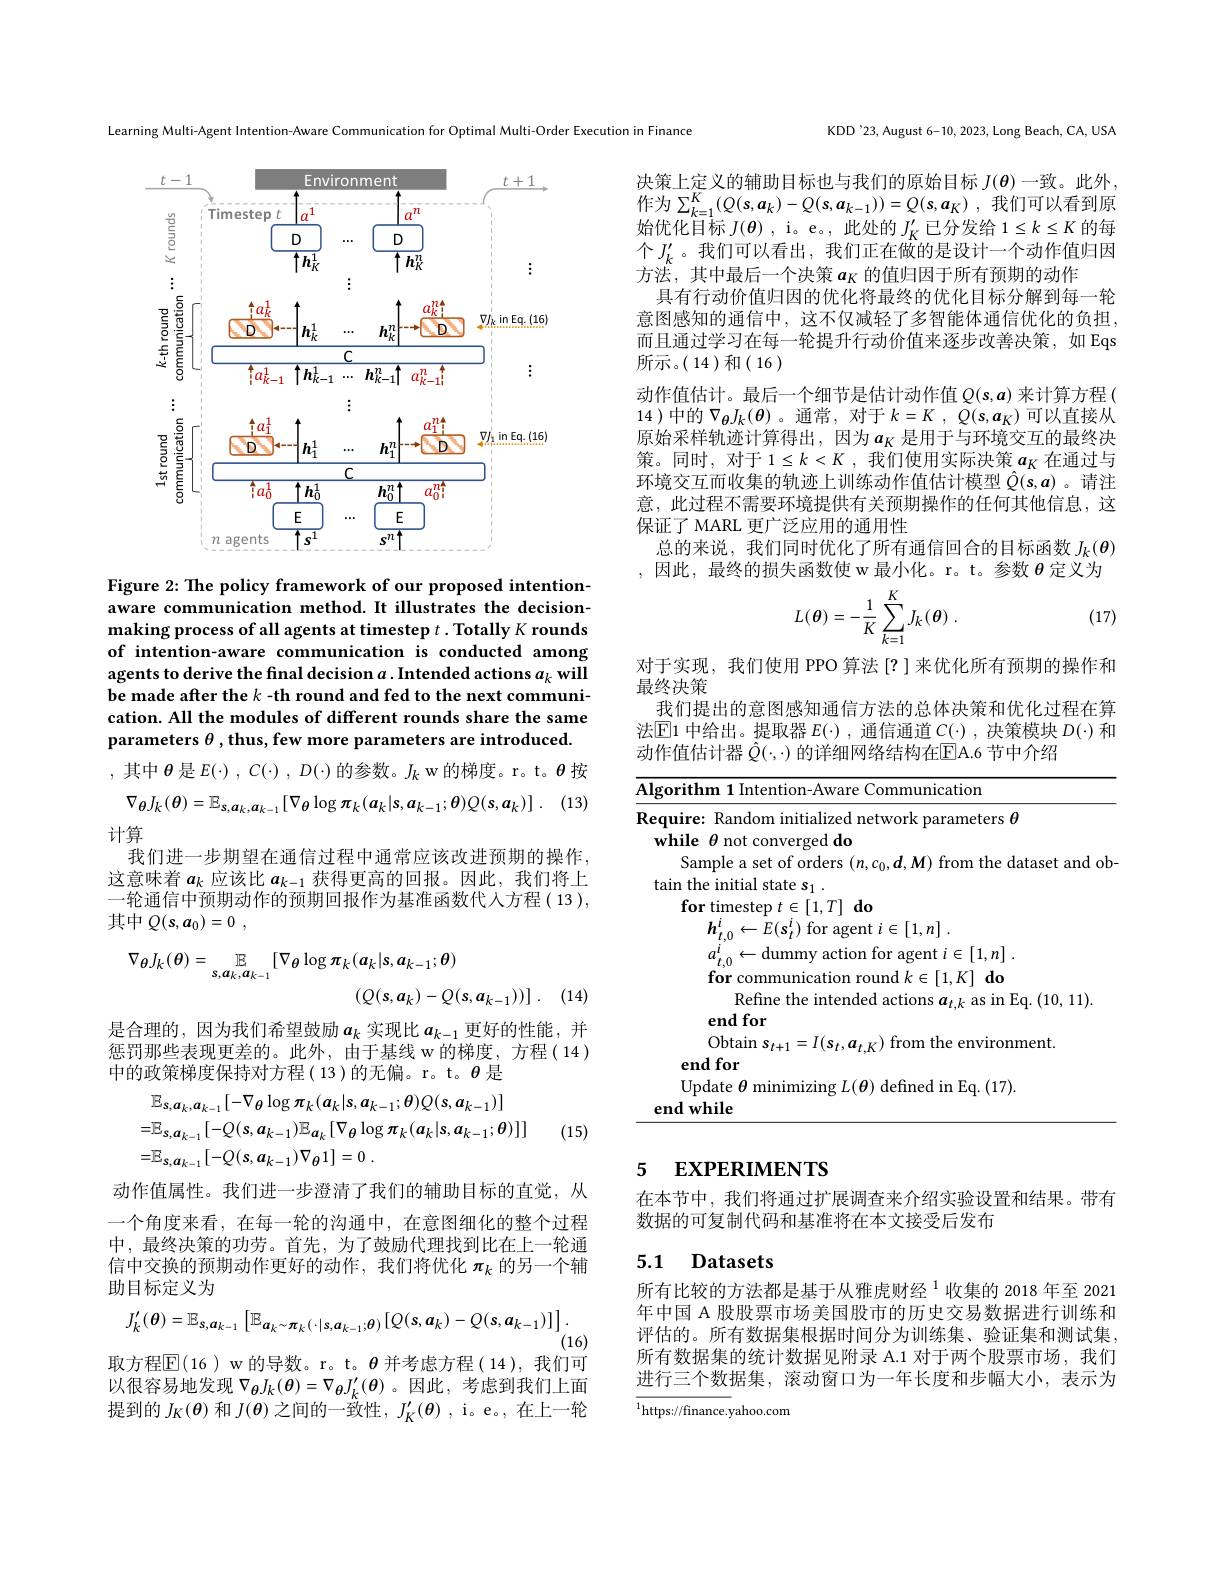
<FigureHere>

Figure 2: The policy framework of our proposed intentionaware communication method.It illustrates the decisionmaking process of all agents at timestep $t.$ Totally $K$ rounds of intention-aware communication is conducted among agents to derive the final decision $a.$ Intended actions $a_k$ will be made after the $k\textbf{- th round and fed to the next communi- }$ cation. All the modules of different rounds share the same parameters $\theta$ , thus, few more parameters are introduced. ,其中$\theta$是$E( \cdot )$ , $C( \cdot )$ , $D( \cdot )$的参数。$J_k$ w 的梯度。r。t。$\theta$按
(13)
$$\nabla_{\boldsymbol{\theta}}J_{k}(\boldsymbol{\theta})=\mathbb{E}_{s,\boldsymbol{a}_{k},\boldsymbol{a}_{k-1}}[\nabla_{\boldsymbol{\theta}}\log\pi_{k}(\boldsymbol{a}_{k}|\boldsymbol{s},\boldsymbol{a}_{k-1};\boldsymbol{\theta})Q(\boldsymbol{s},\boldsymbol{a}_{k})]\:.$$
计算
我们进一步期望在通信过程中通常应该改进预期的操作， 这意味着$a_k$应该比$a_k-1$获得更高的回报。因此，我们将上一轮通信中预期动作的预期回报作为基准函数代人方程( 13 ), 其中$Q( s, a_0) = 0$ ,
$$\nabla_{\theta}J_{k}(\theta)=\mathbb{E}_{s,a_{k},a_{k-1}}[\nabla_{\theta}\log\pi_{k}(a_{k}|s,a_{k-1};\theta)\\(Q(s,a_{k})-Q(s,a_{k-1}))]\:.$$
是合理的，因为我们希望鼓励$a_k$实现比$a_{k-1}$更好的性能，并惩罚那些表现更差的。此外，由于基线 w 的梯度，方程( 14 ) 中的政策梯度保持对方程( 13 )的无偏。r。t。$\theta$是
$$\begin{aligned}&\mathbb{E}_{s,\boldsymbol{a}_{k},\boldsymbol{a}_{k-1}}[-\nabla_{\boldsymbol{\theta}}\log\boldsymbol{\pi}_{k}(\boldsymbol{a}_{k}|\boldsymbol{s},\boldsymbol{a}_{k-1};\boldsymbol{\theta})Q(\boldsymbol{s},\boldsymbol{a}_{k-1})]\\&=\mathbb{E}_{s,\boldsymbol{a}_{k-1}}[-Q(\boldsymbol{s},\boldsymbol{a}_{k-1})\mathbb{E}_{\boldsymbol{a}_{k}}[\nabla_{\boldsymbol{\theta}}\log\boldsymbol{\pi}_{k}(\boldsymbol{a}_{k}|\boldsymbol{s},\boldsymbol{a}_{k-1};\boldsymbol{\theta})]]\\&=\mathbb{E}_{s,\boldsymbol{a}_{k-1}}[-Q(\boldsymbol{s},\boldsymbol{a}_{k-1})\nabla_{\boldsymbol{\theta}}1]=0\:.\end{aligned}$$
(15)

动作值属性。我们进一步澄清了我们的辅助目标的直觉，从一个角度来看，在每一轮的沟通中，在意图细化的整个过程中，最终决策的功劳。首先，为了鼓励代理找到比在上一轮通信中交换的预期动作更好的动作，我们将优化$\pi_k$的另一个辅助目标定义为
$$J_{k}^{\prime}(\boldsymbol{\theta})=\mathbb{E}_{\boldsymbol{s},\boldsymbol{a}_{k-1}}\left[\mathbb{E}_{\boldsymbol{a}_{k}\sim\boldsymbol{\pi}_{k}(\cdot|\boldsymbol{s},\boldsymbol{a}_{k-1};\boldsymbol{\theta})}[Q(\boldsymbol{s},\boldsymbol{a}_{k})-Q(\boldsymbol{s},\boldsymbol{a}_{k-1})]\right]$$
(16)

取方程$\mathbb{E}($16 ) w 的导数。r。t。$\theta$ 并考虑方程( 14 ),我们可

以很容易地发现$\nabla_{\boldsymbol{\theta}}J_k(\boldsymbol{\theta})=\nabla_{\boldsymbol{\theta}}J_k^{\prime}(\boldsymbol{\theta})$。因此，考虑到我们上面提到的$J_K(\boldsymbol{\theta})$和$J(\boldsymbol{\theta})$之间的一致性，$J_K^\prime(\boldsymbol{\theta})$, i。e。,在上一轮

KDD'23, August 6-10, 2023, Long Beach, CA, USA

Learning Multi-Agent Intention-Aware Communication for Optimal Multi-Order Execution in Finance

决策上定义的辅助目标也与我们的原始目标$J(\boldsymbol{\theta})$一致。此外， 作为$\sum_{k=1}^K(Q(s,a_k)-Q(s,a_{k-1}))=Q(s,a_K)$,我们可以看到原始优化目标$J(\boldsymbol{\theta})$ , i。e。, 此处的$J_K^\prime$已分发给$1\leq k\leq K$的每个$J_k^{\prime}$。我们可以看出，我们正在做的是设计一个动作值归因方法，其中最后一个决策$a_K$的值归因于所有预期的动作
具有行动价值归因的优化将最终的优化目标分解到每一轮意图感知的通信中，这不仅减轻了多智能体通信优化的负担， 而且通过学习在每一轮提升行动价值来逐步改善决策，如 Eqs 所示。(14)和(16)
动作值估计。最后一个细节是估计动作值$Q(s,a)$来计算方程( 14 )中的$\nabla_{\boldsymbol{\theta}}J_{k}(\boldsymbol{\theta})$ 。通常，对于$k= K$ , $Q( \boldsymbol{s}, \boldsymbol{a}_{K})$可以直接从原始采样轨迹计算得出，因为$a_\mathrm{K}$ 是用于与环境交互的最终决策。同时，对于$1\leq k<K$,我们使用实际决策$a_{K}$在通过与环境交互而收集的轨迹上训练动作值估计模型$\hat{Q}(s,a)$ 。请注意，此过程不需要环境提供有关预期操作的任何其他信息，这保证了 MARL 更广泛应用的通用性
总的来说，我们同时优化了所有通信回合的目标函数$J_k(\boldsymbol{\theta})$ ,因此，最终的损失函数使 w 最小化。r。t。参数 $\theta$ 定义为
$$L(\theta)=-\frac{1}{K}\sum_{k=1}^{K}J_{k}(\theta)\:.$$
(17)

对于实现，我们使用 PPO 算法 [?]来优化所有预期的操作和
最终决策
我们提出的意图感知通信方法的总体决策和优化过程在算法$\boxed{\text{E}1\text{ 中给出。提取器 }E(\cdot)}$,通信通道$\underline C(\cdot)$,决策模块$D(\cdot)$和动作值估计器 $\hat{Q}(\cdot,\cdot)$ 的详细网络结构在$\overline{\mathbb{E}}$A.6 节中介绍

<table>
	<tbody>
		<tr>
			<td>$A$</td>
			<td>${\mathrm{nication}}$</td>
		</tr>
		<tr>
			<td> </td>
			<td>Update $\theta$ minimizing $L(\boldsymbol{\theta})$ defined in Eq. (17). $\textbf{d while}$</td>
		</tr>
	</tbody>
</table>

## 5 EXPERIMENTS

在本节中，我们将通过扩展调查来介绍实验设置和结果。带有
数据的可复制代码和基准将在本文接受后发布

## 5.1 Datasets

所有比较的方法都是基于从雅虎财经$^{1}$收集的 2018 年至 2021年中国 A 股股票市场美国股市的历史交易数据进行训练和评估的。所有数据集根据时间分为训练集、验证集和测试集， 所有数据集的统计数据见附录 A.1 对于两个股票市场，我们进行三个数据集，滚动窗口为一年长度和步幅大小，表示为

${\overline{^{1}\mathrm{https://finance.y}}}$ahoo.com